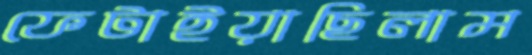
ফেটাইয়াছিলাম